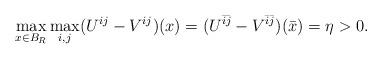
LaTeX: \begin{align*}\max\limits_{x\in B_R}\max_{i,j}(U^{ij}-V^{ij})(x)=(U^{\bar{i}\bar{j}}-V^{\bar{i}\bar{j}})(\bar{x})=\eta > 0.\end{align*}